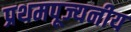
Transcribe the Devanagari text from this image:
प्रथमपूज्यनीय